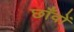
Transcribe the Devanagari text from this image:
छाँवों